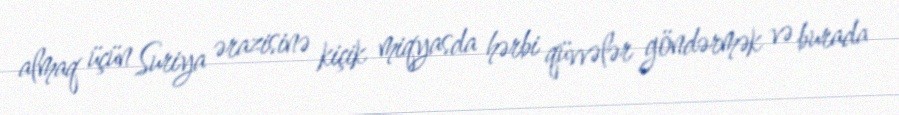
almaq üçün Suriya ərazisinə kiçik miqyasda hərbi qüvvələr göndərmək və burada